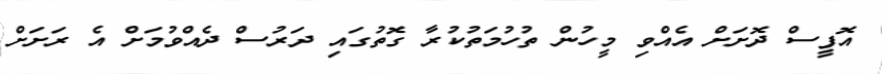
އޮފީސް ދޮށަށް އެއްވި މީހުން ތުހުމަތުކުރާ ގޮތުގައި ދަރުސް ދެއްވުމަށް އެ ރަށަށް